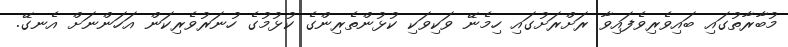
މުބާރާތުގައި ބައިވެރިވެފައިވާ ރަށްރަށުގައި ހިމެނޭ ވަކިވަކި ކުޅުންތެރިންގެ ކުޅުމުގެ ހުނަރުވެރިކަން އަހަންނަށް އެނގޭ.